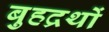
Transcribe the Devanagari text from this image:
बुहद्रथों